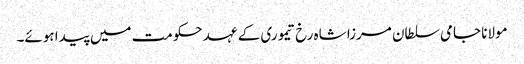
مولانا جامی سلطان مرزا شاہ رخ تیموری کے عہد حکومت میں پیدا ہوئے۔